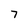
Character: 7